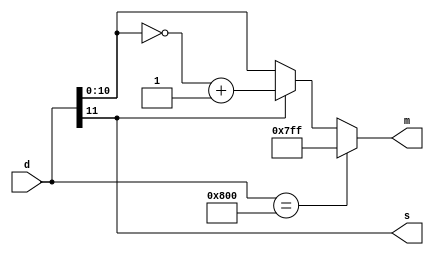
`timescale 1ns / 1ps
//////////////////////////////////////////////////////////////////////////////////
// Company: 
// Engineer: 
// 
// Design Name: 
// Module Name:    convert2toSM 
// Project Name: 
// Target Devices: 
// Tool versions: 
// Description: 
//
// Dependencies: 
//
// Revision: 
// Revision 0.01 - File Created
// Additional Comments: 
//
//////////////////////////////////////////////////////////////////////////////////
module convert2toSM(
	// Input
    d,
	// Output
    s, m
    );

	input 	[11:0] 	d;
	output reg			s;
	output reg [10:0]	m;

	always @(*)
		begin
			s = d[11];
			if (d[11:0] == 12'b100000000000)
				begin
					m = 11'b11111111111;
				end
			else if (d[11] == 1'b0)
				begin
					m = d[10:0];
				end
			else
				begin
					m = ~d[10:0] + 1;
				end
				
		end
		
endmodule